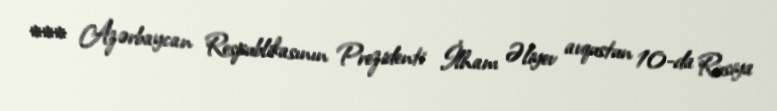
*** Azərbaycan Respublikasının Prezidenti İlham Əliyev avqustun 10-da Rusiya